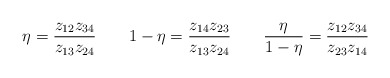
\begin{align*}\eta=\frac{z_{12}z_{34}}{z_{13}z_{24}} \qquad 1-\eta=\frac{z_{14}z_{23}}{z_{13}z_{24}} \qquad\frac{\eta}{1-\eta}=\frac{z_{12}z_{34}}{z_{23}z_{14}}\end{align*}